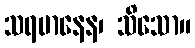
သရမာနေန၊ သိသော။